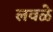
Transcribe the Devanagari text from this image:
लवळे